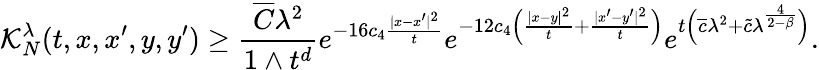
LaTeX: \mathcal{K}_{N}^{\lambda}(t,x,x^{\prime},y,y^{\prime})\ge\frac{\overline{{C}}\lambda^{2}}{1\wedge t^{d}}e^{-16c_{4}\frac{|x-x^{\prime}|^{2}}{t}}e^{-12c_{4}\left(\frac{|x-y|^{2}}{t}+\frac{|x^{\prime}-y^{\prime}|^{2}}{t}\right)}e^{t\Big(\overline{{c}}\lambda^{2}+\widetilde{c}\lambda^{\frac{4}{2-\beta}}\Big)}.